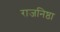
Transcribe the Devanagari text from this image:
राजनिष्ठा